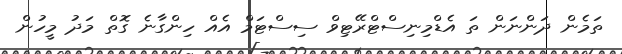
ތަމެން ދަންނަން ތަ އެޑްމިނިސްޓްރޭޓިވް ސިސްޓަމް އެއް ހިންގާނެ ގޮތް މަދު މީހުން